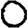
Digit: 0